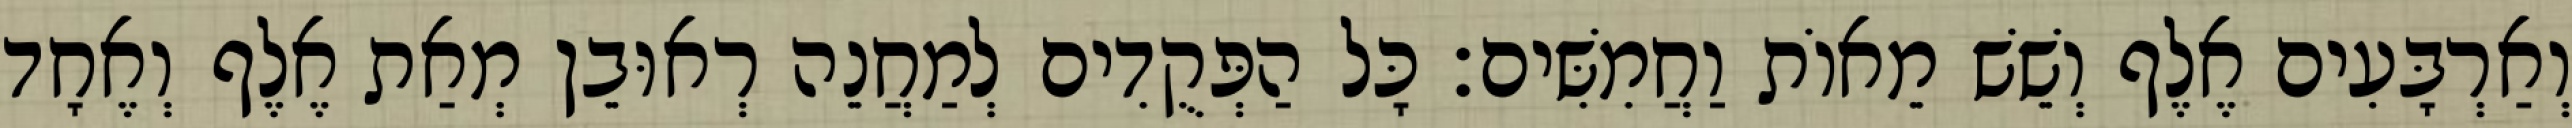
וְאַרְבָּעִים אֶלֶף וְשֵׁשׁ מֵאוֹת וַחֲמִשִּׁים׃ כָּל הַפְּקֻדִים לְמַחֲנֵה רְאוּבֵן מְאַת אֶלֶף וְאֶחָד